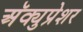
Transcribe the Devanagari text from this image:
अॅक्युप्रेशर